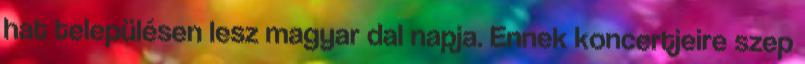
hat településen lesz magyar dal napja. Ennek koncertjeire szep­